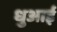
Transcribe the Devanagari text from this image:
धुआई